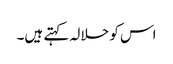
اس کو حلالہ کہتے ہیں۔